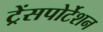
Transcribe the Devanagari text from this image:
ट्रेंसपोर्टेशन